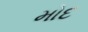
મોદ